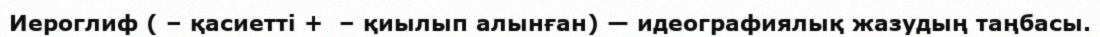
Иероглиф ( – қасиеттi +  – қиылып алынған) — идеографиялық жазудың таңбасы.